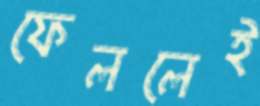
ফেললেই